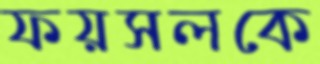
ফয়সলকে